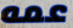
عمه